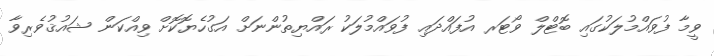
ވީމާ ފުވައްމުލަކުގައި ބޮޓްލް ވޯޓަރ އުފައްދައި ފުވައްމުލަކު ރައްޔިތުންނަށް އަގުހެޔޮކޮށް ވިއްކަން ޝައުޤުވެރިވާ